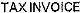
TAX INVOICE